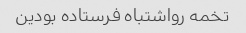
تخمه رواشتباه فرستاده بودین